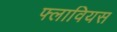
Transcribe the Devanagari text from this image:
फ्लावियस